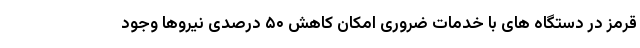
قرمز در دستگاه های با خدمات ضروری امکان کاهش ۵۰ درصدی نیروها وجود